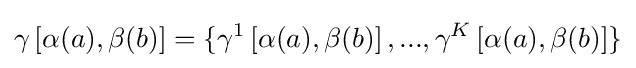
\gamma \left[\alpha (a),\beta (b)\right]=\{\gamma ^{1}\left[\alpha (a),\beta (b)\right],...,\gamma ^{K}\left[\alpha (a),\beta (b)\right]\}